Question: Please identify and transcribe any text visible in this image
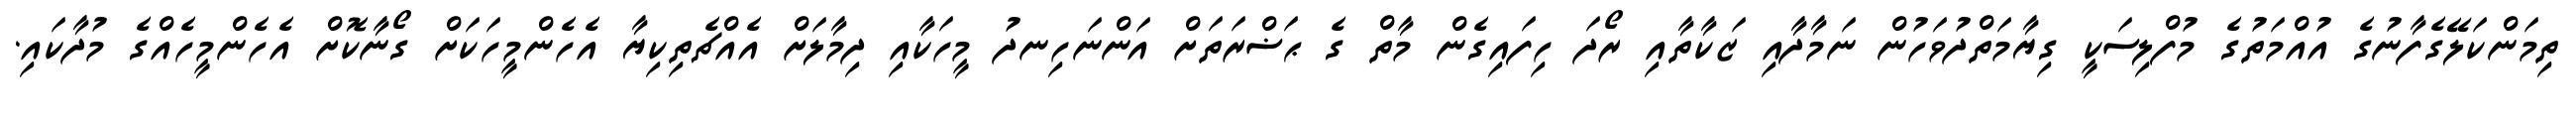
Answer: ތިމަންކަލޭގެފާނުގެ އުއްމަތުގެ މުފްލިސަކީ ގިޔާމަތްދުވަހުން ނަމާދާއި ޒަކާތާއި ރޯދަ ހިފައިގެން މާތް ގެ ޙަޟްރަތަށް އަންނަހިނދު މީހަކާއި ދިމާލަށް އެއްޗެތިކިޔާ އެހެންމީހަކަށް ގޯނާކޮށް އެހެންމީހެއްގެ މުދާކައި.